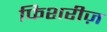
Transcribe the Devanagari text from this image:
फिशरीज़